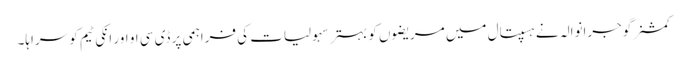
کمشنر گوجرانوالہ نے ہسپتال میں مریضوں کو بہتر سہولیات کی فراہمی پر ڈی سی او اور انکی ٹیم کو سراہا۔